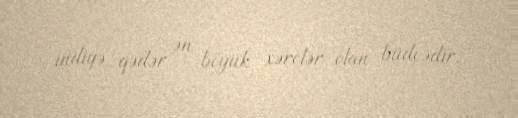
indiyə qədər ən böyük xərclər olan büdcədir.